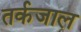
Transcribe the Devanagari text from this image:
तर्कजाल